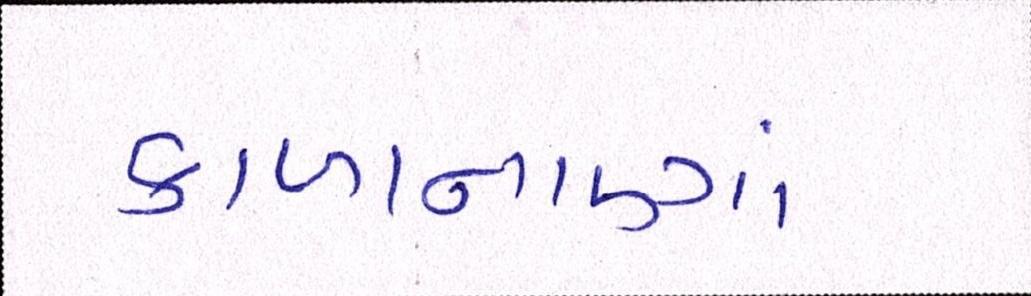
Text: કાળાનાણાં